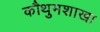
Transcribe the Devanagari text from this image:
कौथुमशाखा